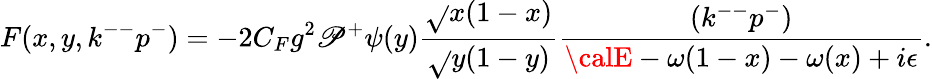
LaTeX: F(x,y,k^{--}p^{-})=-2C_{F}g^{2}\mathscr{P}^{+}\psi(y){\frac{{\sqrt{}{{x(1-x)}}}}{{\sqrt{}{{y(1-y)}}}}}{\frac{{(k^{--}p^{-})}}{{{\calE}-\omega(1-x)-\omega(x)+i\epsilon}}}.